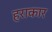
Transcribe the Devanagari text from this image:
हराकार